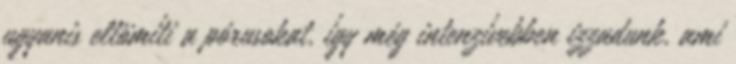
ugyanis eltömíti a pórusokat, így még intenzívebben izzadunk, ami